Leaving Certificate Examination, 1904
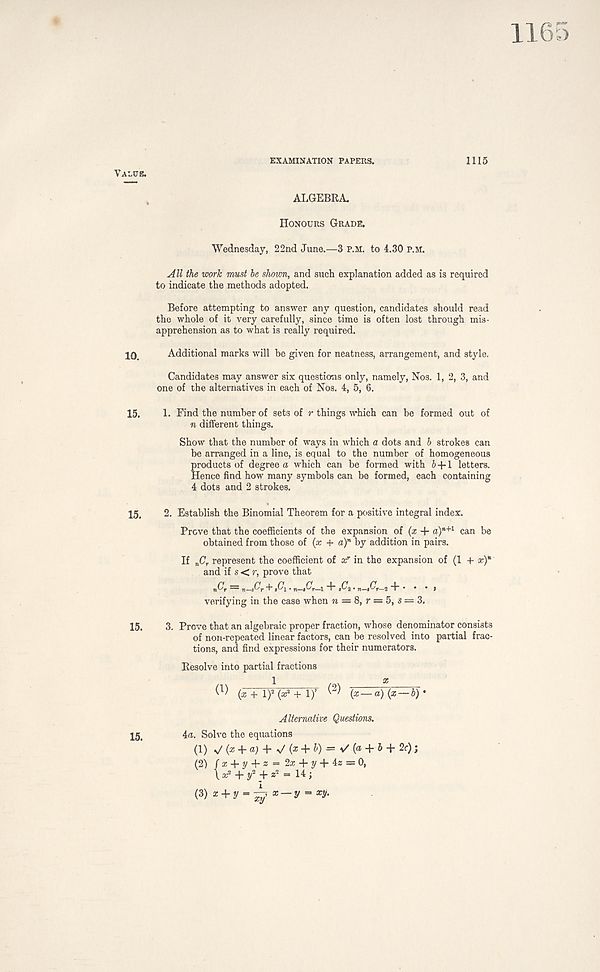
1165
EXAMINATION PAPERS.
1115
ALGEBRA.
Honours Grade.
Wednesday, 22nd June.—3 P.M. to 4.30 p.m.
All the work must he shown, and such explanation added as is required
to indicate the methods adopted.
Before attempting to answer any question, candidates should read
the whole of it very carefully, since time is often lost through mis-
apprehension as to what is really required.
10
Additional marks will he given for neatness, arrangement, and style.
Candidates may answer six questions only, namely, Nos. 1, 2, 3, and
one of the alternatives in each of Nos. 4, 5, 6.
15. 1. Find the number of sets of r things which can be formed out of
n different things.
Show that the number of ways in which a dots and b strokes can
be arranged in a line, is equal to the number of homogeneous
products of degree a which can be formed with 6 + 1 letters.
Hence find how many symbols can be formed, each containing
4 dots and 2 strokes.
15. 2. Establish the Binomial Theorem for a positive integral index.
Prove that the coefficients of the expansion of (x + a) n+1 can be
obtained from those of (x + a) n by addition in pairs.
If n Cy represent the coefficient of x r in the expansion of (1 4- x)*
and if s < r, prove that
nC r = «jC r + A • „_.CU + A . n—fir—i + • • • ,
verifying in the case when « = 8, r = 5, s = 3.
15. 3. Prove that an algebraic proper fraction, whose denominator consists
of non-repeated linear factors, can be resolved into partial frac-
tions, and find expressions for their numerators.
Resolve into partial fractions
1
*
(A+ l) 2 (a* + 1)’
(x — a) (x — b)'
Alternative Questions.
4a. Solve the equations
(1) ^ (Z + +V (* + &) = ✓(« + & + 2f );
(2) / a; + y + z = 2a; + y + 4z = 0,
\ a; 2 + y 2 + z 2 = 14 ;
(3) z + y = i x — y ” x v-
15.